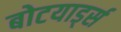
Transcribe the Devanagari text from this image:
बोटयार्ड्स